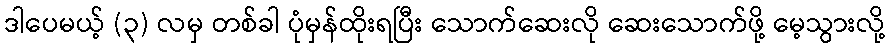
ဒါပေမယ့် (၃) လမှ တစ်ခါ ပုံမှန်ထိုးရပြီး သောက်ဆေးလို ဆေးသောက်ဖို့ မေ့သွားလို့